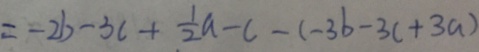
= - 2 b - 3 c + \frac { 1 } { 2 } a - c - ( - 3 b - 3 c + 3 a )